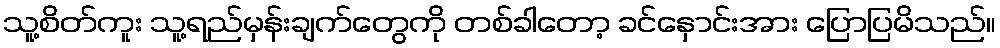
သူ့စိတ်ကူး သူ့ရည်မှန်းချက်တွေကို တစ်ခါတော့ ခင်နှောင်းအား ပြောပြမိသည်။